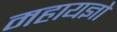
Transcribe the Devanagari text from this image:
महायज्ञो